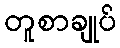
တူစာချုပ်